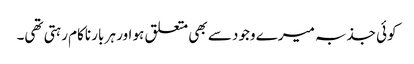
کوئی جذبہ میرے وجود سے بھی متعلق ہو اور ہر بار ناکام رہتی تھی۔